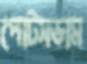
পোটসডাম